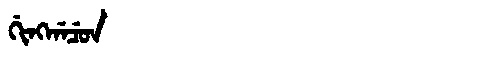
Manchu: ᡤᡳᠩᡤᠠᠴᡠᠨ
Romanization: GINGGACUN